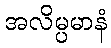
အလိမ္ပမာနံ